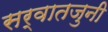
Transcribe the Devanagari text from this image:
सर्वातजुनी